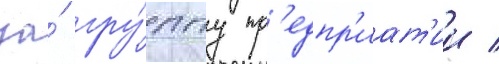
за́ гру́ппу пр'едпр'иат'ии /